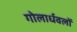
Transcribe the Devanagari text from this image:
गोलार्धवलों